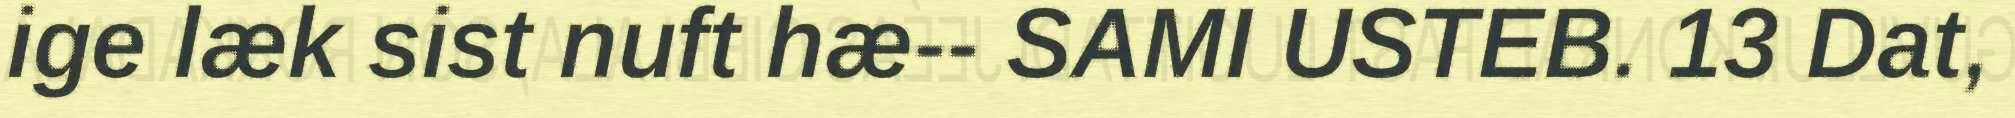
ige læk sist nuft hæ-- SAMI USTEB. 13 Dat,